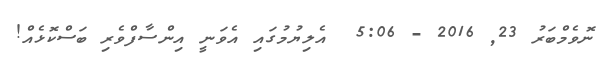
ނޮވެމްބަރު 23